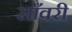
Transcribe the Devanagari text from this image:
साँवरी